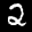
Label: 2